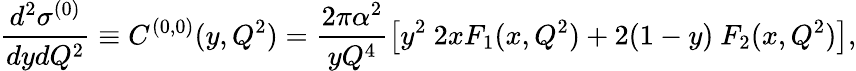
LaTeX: \frac{d^{2}\sigma^{(0)}}{dydQ^{2}}\equiv C^{(0,0)}(y,Q^{2})=\frac{2\pi\alpha^{2}}{yQ^{4}}\left[y^{2}~2xF_{1}(x,Q^{2})+2(1-y)~F_{2}(x,Q^{2})\right],